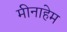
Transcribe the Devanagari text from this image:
मीनाहेम